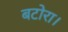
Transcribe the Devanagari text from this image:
बटोरा।